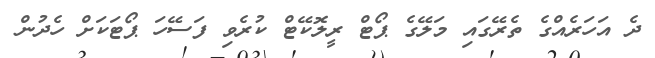
ދެ އަހަރެއްގެ ތެރޭގައި މަލޭގެ ޕޯޓް ރީލޮކޭޓް ކުރެވި ފަސޭހަ ޕޯޓަކަށް ހެދުން